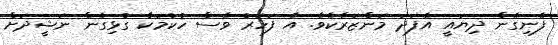
ފެނިގެން ދިޔައީ އެފަދަ މަންޒަރެކެވެ. އެ ފަހަރު ވެސް ހުކުމަކާ ގުޅިގެން ނަޝީދަށް